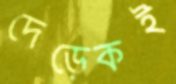
দেড়েকই